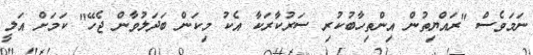
ނަމަވެސް "ރައްޔިތުން އިންތިހާބުކުރި ސަރުކާރަކާ އެކު މިކަން ބަދަލުވާން ޖެހޭ" ކަމަށް އަލީ